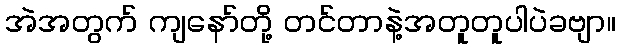
အဲအတွက် ကျနော်တို့ တင်တာနဲ့အတူတူပါပဲခဗျာ။